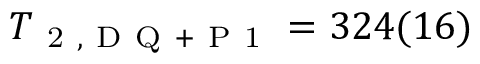
T _ { \mathrm { ~ 2 ~ , ~ D ~ Q ~ + ~ P ~ 1 ~ } } = 3 2 4 ( 1 6 )